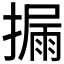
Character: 𪮪